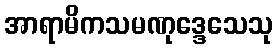
အာရာမိကသမဏုဒ္ဒေသေသု